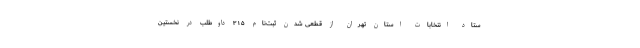
ستاد انتخابات استان تهران از قطعی شدن ثبت‌نام ۳۱۵ داوطلب در نخستین